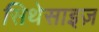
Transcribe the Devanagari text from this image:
सिथेसाइज़